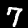
Digit: 7